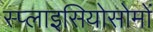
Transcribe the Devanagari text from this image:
स्प्लाइसियोसोमों